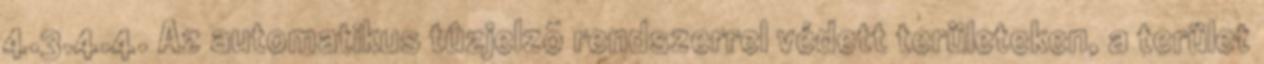
4.3.4.4. Az automatikus tûzjelzõ rendszerrel védett területeken, a terület